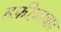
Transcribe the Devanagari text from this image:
हफ़ीज़ाबाद